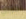
جوزي